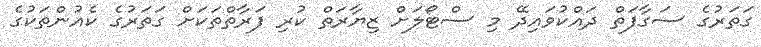
ގަތަރުގެ ސަގާފަތް ދައްކުވައިދޭ މި ސްޓޯލަށް ޒިޔާރަތް ކުރި ފަރާތްތަކަށް ގަތަރުގެ ކެއުންތަކުގެ